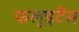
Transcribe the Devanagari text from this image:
फलूइटैंस